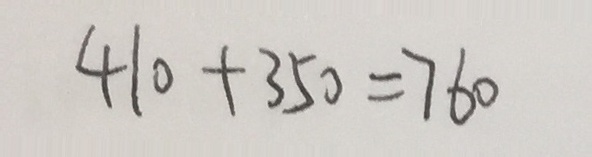
4 1 0 + 3 5 0 = 7 6 0